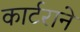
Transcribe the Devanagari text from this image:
कार्टराने